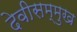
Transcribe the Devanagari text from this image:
देवीसम्मुख